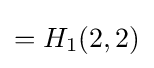
=H_{1}(2,2)